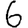
Digit: 6